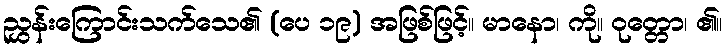
ညွှန်းကြောင်းသက်သေ၏ (ပေ ၁၉) အဖြစ်ဖြင့်။ မာနော၊ ကို။ ဝုတ္တော၊ ၏။